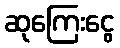
ဆုကြေးငွေ